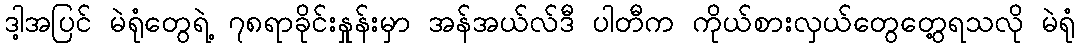
ဒါ့အပြင် မဲရုံတွေရဲ့ ၇၈ရာခိုင်းနှုန်းမှာ အန်အယ်လ်ဒီ ပါတီက ကိုယ်စားလှယ်တွေတွေ့ရသလို မဲရုံ